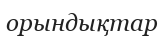
орындықтар